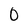
Character: o